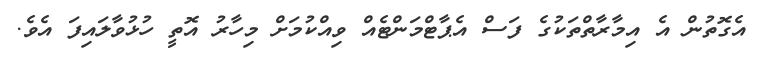
އެގޮތުން އެ އިމާރާތްތަކުގެ ފަސް އެޕާޓްމަންޓެއް ވިއްކުމަށް މިހާރު އޮތީ ހުޅުވާލައިފަ އެވެ.